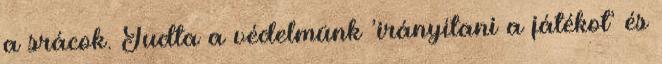
a srácok. Tudta a védelmünk ’irányítani a játékot’ és